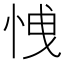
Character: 𢚕